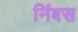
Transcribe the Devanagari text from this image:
निंबस